Civil Veterinary Department ledger series I-VI
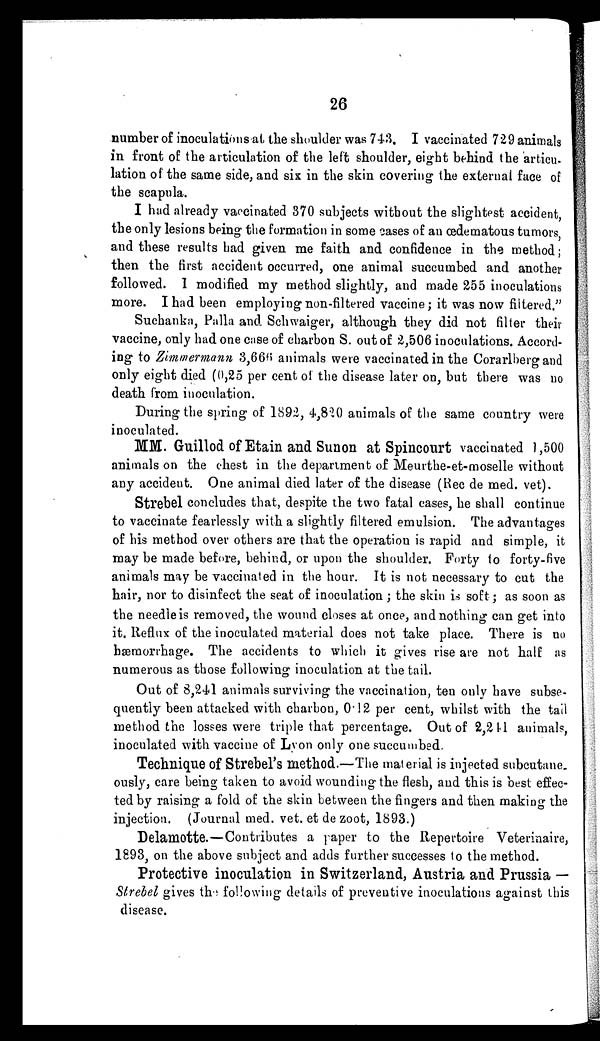
26
number of inoculations at the shoulder was 743. I vaccinated 729 animals
in front of the articulation of the left shoulder, eight behind the articu-
lation of the same side, and six in the skin covering the external face of
the scapula.
I had already vaccinated 370 subjects without the slightest accident,
the only lesions being the formation in some cases of an œdematous tumors,
and these results had given me faith and confidence in the method;
then the first accident occurred, one animal succumbed and another
followed. I modified my method slightly, and made 255 inoculations
more. I had been employing non-filtered vaccine; it was now filtered. "
Suchanka, Palla and Schwaiger, although they did not filter their
vaccine, only had one case of charbon S. out of 2,506 inoculations. Accord-
ing to Zimmermann 3,666 animals were vaccinated in the Corarlberg and
only eight died (0,25 per cent of the disease later on, but there was no
death from inoculation.
During the spring of 1892, 4,820 animals of the same country were
inoculated.
MM. Guillod of Etain and Sunon at Spincourt vaccinated 1,500
animals on the chest in the department of Meurthe-et-moselle without
any accident. One animal died later of the disease (Rec de med. vet).
Strebel concludes that, despite the two fatal cases, he shall continue
to vaccinate fearlessly with a slightly filtered emulsion. The advantages
of his method over others are that the operation is rapid and simple, it
may be made before, behind, or upon the shoulder. Forty to forty-five
animals may be vaccinated in the hour. It is not necessary to cut the
hair, nor to disinfect the seat of inoculation; the skin is soft; as soon as
the needle is removed, the wound closes at once, and nothing can get into
it. Reflux of the inoculated material does not take place. There is no
hæmorrhage. The accidents to which it gives rise are not half as
numerous as those following inoculation at the tail.
Out of 8,241 animals surviving the vaccination, ten only have subse-
quently been attacked with charbon, 0.12 per cent, whilst with the tail
method the losses were triple that percentage. Out of 2,241 animals,
inoculated with vaccine of Lyon only one succumbed.
Technique of Strebel's method.—The material is injected subcutane-
ously, care being taken to avoid wounding the flesh, and this is best effec-
ted by raising a fold of the skin between the fingers and then making the
injection. (Journal med. vet. et de zoot, 1893.)
Delamotte.—Contributes a paper to the Repertoire Veterinaire,
1893, on the above subject and adds further successes to the method.
Protective inoculation in Switzerland, Austria and Prussia —
Strebel gives the following details of preventive inoculations against this
disease.